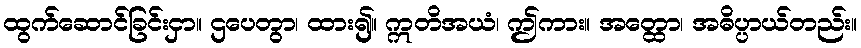
ထွက်ဆောင်ခြင်းငှာ။ ဌပေတွာ၊ ထား၍။ ဣတိအယံ၊ ဤကား။ အတ္ထော၊ အဓိပ္ပာယ်တည်း။